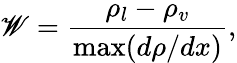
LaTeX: \mathscr{W}=\frac{{\rho_{l}-\rho_{v}}}{{\operatorname*{max}(d\rho/dx)}},